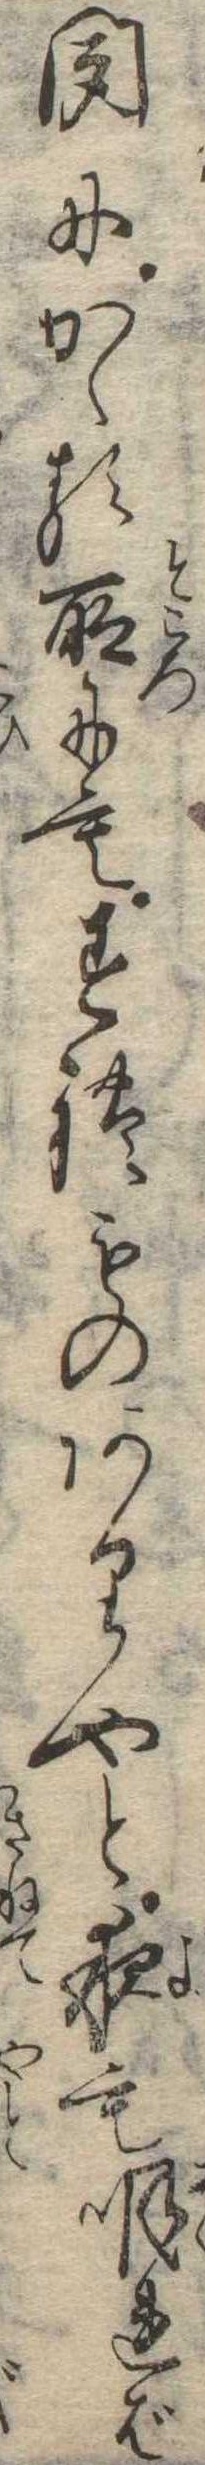
聞にかゝる所にもすれものありやと夜も明れば